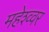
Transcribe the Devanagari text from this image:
महेश्व्वर